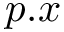
p . x